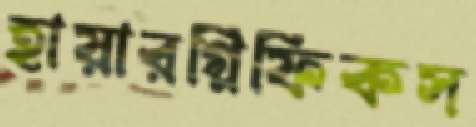
হায়ারগ্লিফিকস